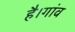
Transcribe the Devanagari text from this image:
है।गांव